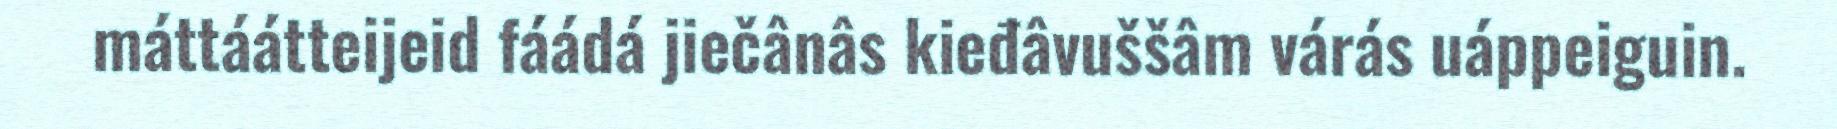
máttáátteijeid fáádá jiečânâs kieđâvuššâm várás uáppeiguin.